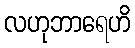
လဟုဘာရေဟိ